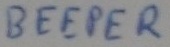
Text: BEEPER